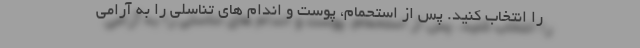
را انتخاب کنید. پس از استحمام، پوست و اندام های تناسلی را به آرامی